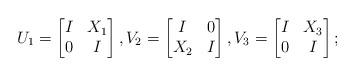
LaTeX: \begin{align*}U_1 = \begin{bmatrix} I & X_1\\ 0 & I\end{bmatrix}, V_2 = \begin{bmatrix} I & 0\\ X_2 & I\end{bmatrix}, V_3 = \begin{bmatrix} I & X_3\\ 0 & I\end{bmatrix};\end{align*}